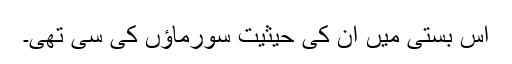
اس بستی میں اْن کی حیثیت سورماؤں کی سی تھی۔